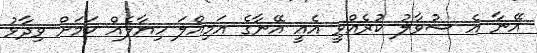
އޭނާ އެ ސުވާލު ކުރެއްވީ އެއީ އޭނާގެ އަމިއްލަ ހިޔާލެއް ކަމަށް ވިދާޅު